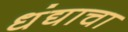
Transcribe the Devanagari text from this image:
धंद्याचा